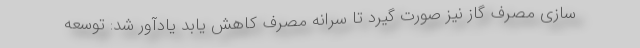
سازی مصرف گاز نیز صورت گیرد تا سرانه مصرف کاهش یابد یادآور شد: توسعه